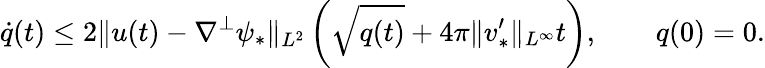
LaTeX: \dot{q}(t)\leq 2\| u(t)-\nabla^{\perp}\psi_{*}\| _{L^{2}}\left(\sqrt{q(t)}+4\pi\| v_{*}^{\prime}\| _{L^{\infty}}t\right),\qquad q(0)=0.